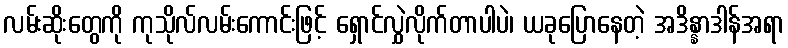
လမ်းဆိုးတွေကို ကုသိုလ်လမ်းကောင်းဖြင့် ရှောင်လွှဲလိုက်တာပါပဲ၊ ယခုပြောနေတဲ့ အဒိန္နာဒါန်အရာ